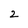
Character: 2